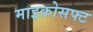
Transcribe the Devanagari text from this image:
माइक्रोसफ्ट